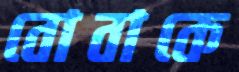
বোবাকে